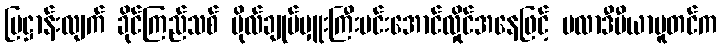
ပြဋ္ဌာန်းလျက် ခိုင်ကြည်သစ် ဗိုလ်ချုပ်မှူးကြီးမင်းအောင်လှိုင်အနေဖြင့် ဗလာဒီမီယာပူတင်က